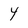
Character: y